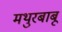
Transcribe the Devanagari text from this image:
मथुरबाबू